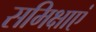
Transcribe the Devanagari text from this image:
समिक्षाएं